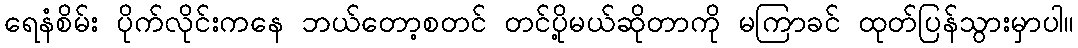
ရေနံစိမ်း ပိုက်လိုင်းကနေ ဘယ်တော့စတင် တင်ပို့မယ်ဆိုတာကို မကြာခင် ထုတ်ပြန်သွားမှာပါ။